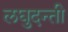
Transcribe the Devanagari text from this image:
लघुदन्ती